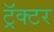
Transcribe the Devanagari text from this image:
ट्रॅक्‍टर